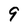
Character: 9